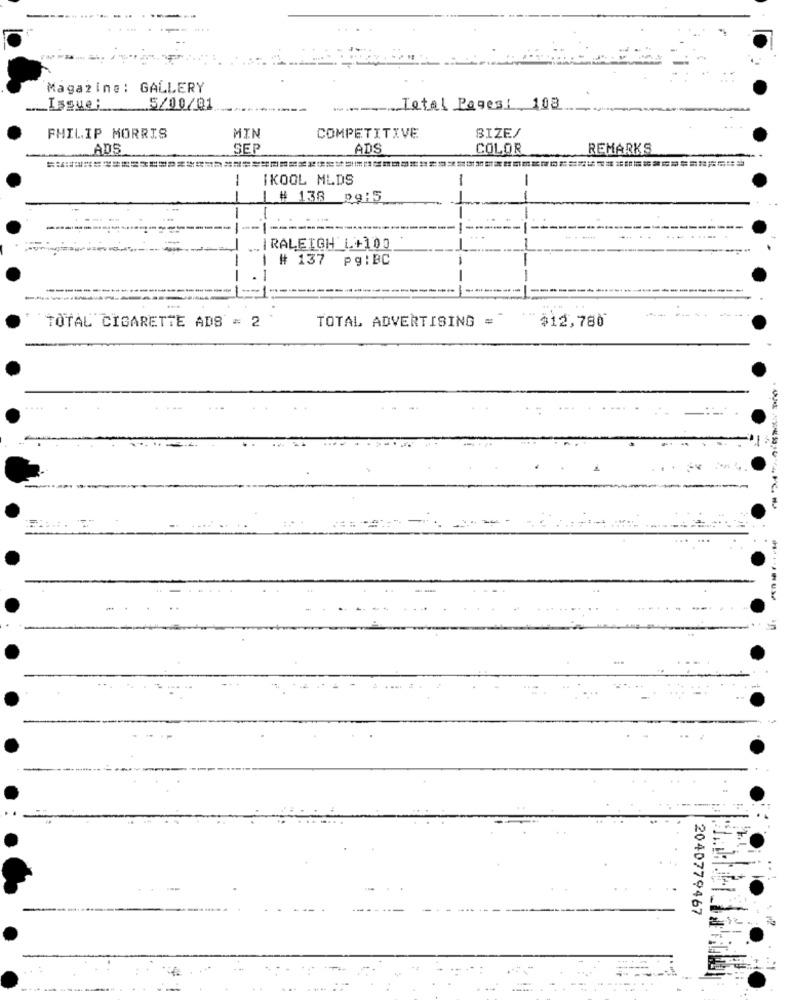
Magazine: GALLERY
.__ Isgue;
5/00/01
.... ... Total Pages: 108
BIZE/
PHILIP MORRIS
MIN
COMPETITIVE
ADS
SEP
ADS
COLOR
REMARKS
IKOOL MLDS
-
-
-
# 138
pg:5
-
|RALEIGH L+100
# 137 pg:BC
-
-
---------
TOTAL ADVERTISING =
$12,780
TOTAL CIGARETTE ADS = 2
2040779467